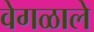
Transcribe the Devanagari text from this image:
वेगळाले